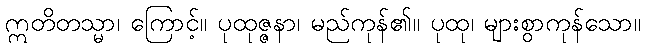
ဣတိတသ္မာ၊ ကြောင့်။ ပုထုဇ္ဇနာ၊ မည်ကုန်၏။ ပုထု၊ များစွာကုန်သော။